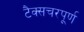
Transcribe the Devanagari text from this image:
टैक्सचरपूर्ण